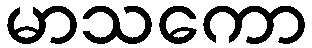
မာသကော